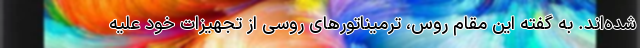
شده‌اند. به گفته این مقام روس، ترمیناتورهای روسی از تجهیزات خود علیه